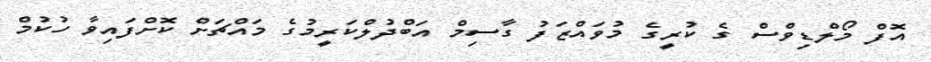
އޮފް މޯލްޑިވްސް ގެ ކުރީގެ މުވައްޒަފު ގާސިމް އަބްދުލްކަރީމުގެ މައްޗަށް ކޮށްފައިވާ ހުކުމް